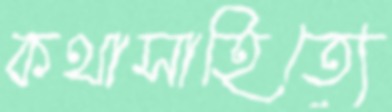
কথাসাহিত্যে